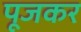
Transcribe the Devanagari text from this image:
पूजकर